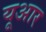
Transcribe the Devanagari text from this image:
यूआर